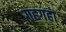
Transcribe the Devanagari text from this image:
गहगहा